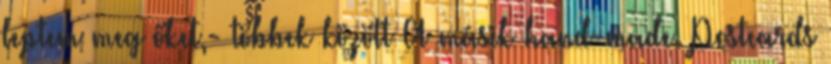
leptem meg őket,- többek között A másik hand-made. Postcards